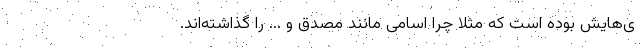
ی‌هایش بوده است که مثلا چرا اسامی مانند مصدق و ... را گذاشته‌اند.